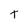
Character: t